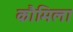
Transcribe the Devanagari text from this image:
कौमिला